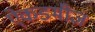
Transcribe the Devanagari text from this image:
ऐकडमीज़